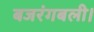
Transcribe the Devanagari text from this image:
बजरंगबली।